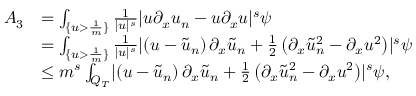
\begin{array} { r l } { A _ { 3 } } & { = \int _ { \{ u > \frac { 1 } { m } \} } \frac { 1 } { \lvert u \rvert ^ { s } } \lvert u \partial _ { x } u _ { n } - u \partial _ { x } u \rvert ^ { s } \psi } \\ & { = \int _ { \{ u > \frac { 1 } { m } \} } \frac { 1 } { \lvert u \rvert ^ { s } } \lvert \left( u - \tilde { u } _ { n } \right) \partial _ { x } \tilde { u } _ { n } + \frac { 1 } { 2 } \left( \partial _ { x } \tilde { u } _ { n } ^ { 2 } - \partial _ { x } u ^ { 2 } \right) \rvert ^ { s } \psi } \\ & { \leq m ^ { s } \int _ { Q _ { T } } \lvert \left( u - \tilde { u } _ { n } \right) \partial _ { x } \tilde { u } _ { n } + \frac { 1 } { 2 } \left( \partial _ { x } \tilde { u } _ { n } ^ { 2 } - \partial _ { x } u ^ { 2 } \right) \rvert ^ { s } \psi , } \end{array}